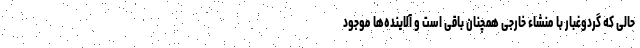
حالی که گردوغبار با منشاء خارجی همچنان باقی است و آلاینده‌ها موجود